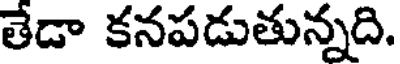
తేడా కనపడుతున్నది.